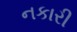
નકારી